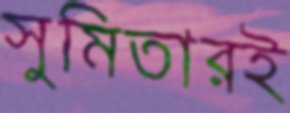
সুমিতারই